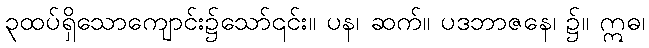
၃ထပ်ရှိသောကျောင်း၌သော်၎င်း။ ပန၊ ဆက်။ ပဒဘာဇနေ၊ ၌။ ဣဓ၊